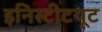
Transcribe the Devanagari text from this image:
इनिस्टीटयूट